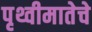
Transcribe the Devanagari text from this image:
पृथ्वीमातेचे